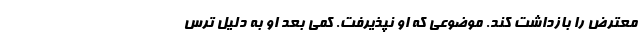
معترض را بازداشت کند. موضوعی که او نپذیرفت. کمی بعد او به دلیل ترس